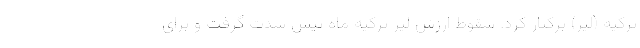
ترکیه (لیر) برکنار کرد. سقوط ارزش لیر ترکیه ماه پیش شدت گرفت و برای